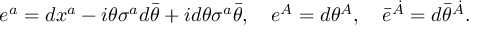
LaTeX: e ^ { a } = d x ^ { a } - i \theta \sigma ^ { a } d \bar { \theta } + i d \theta \sigma ^ { a } \bar { \theta } , \quad e ^ { A } = d \theta ^ { A } , \quad \bar { e } ^ { \dot { A } } = d \bar { \theta } ^ { \dot { A } } .